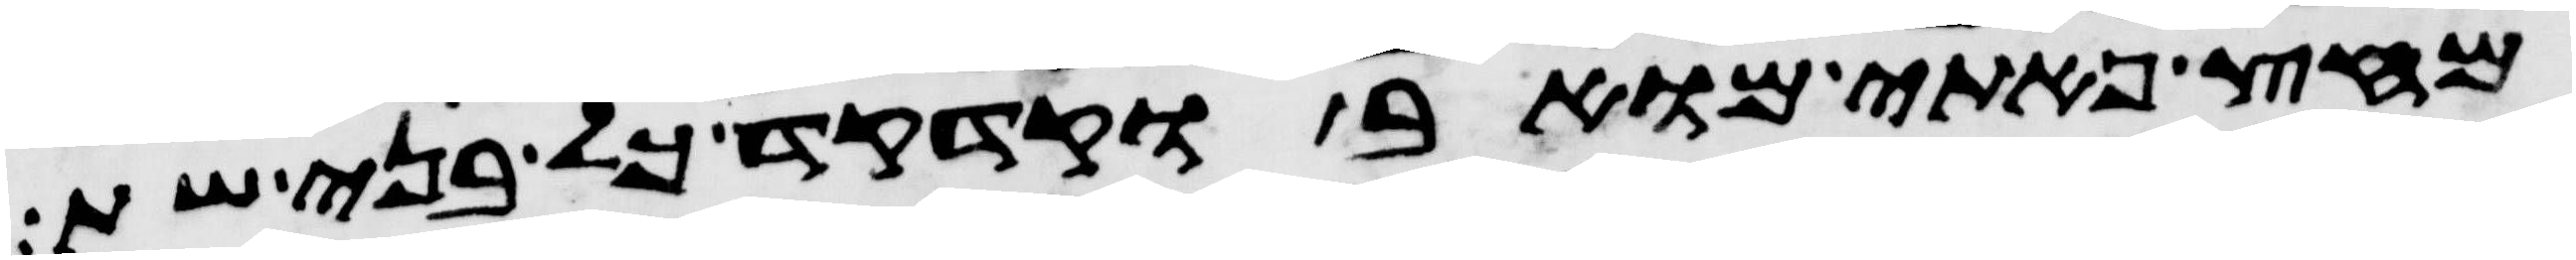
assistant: מחץ פתי מואב וקדקד כל בני שת